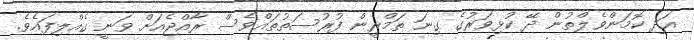
އަދި ކޮމަންވެލްތުން ދޭ ކުޅިވަރުގެ ގިނަ ތަމްރީން ފުރުސަތުތައްވެސް ރާއްޖެއަށް ވަނީ ގެއްލިފައެވެ.